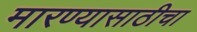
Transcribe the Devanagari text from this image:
मारण्यासाठीचा